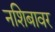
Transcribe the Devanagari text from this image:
नशिबावर